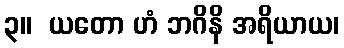
၃။  ယတော ဟံ ဘဂိနိ အရိယာယ၊